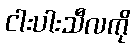
ငါးပါးသီလကို